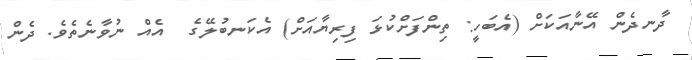
ދާނދެން އޭނާއަކަށް (އެބަހީ: ތިންފަށްކުޅަ ފިރިޔާއަށް) އެކަނބުލޭގެ  އެއް ނުވާނެތެވެ. ދެން